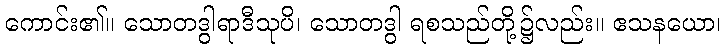
ကောင်း၏။ သောတဒွါရာဒီသုပိ၊ သောတဒွါ ရစသည်တို့၌လည်း။ ဧသနယော၊